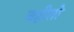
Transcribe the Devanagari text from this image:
नहीतो